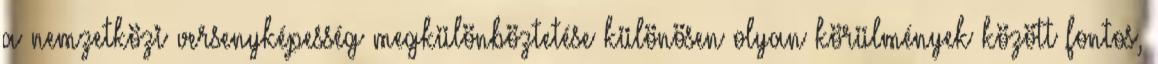
a nemzetközi versenyképesség megkülönböztetése különösen olyan körülmények között fontos,